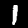
Label: 1